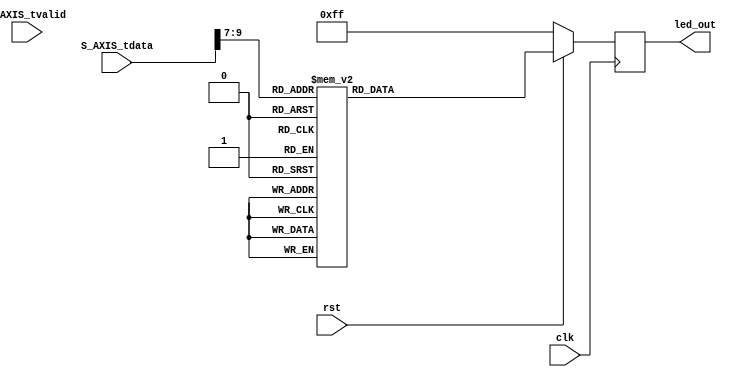
module signal_decoder #
(
    parameter ADC_WIDTH = 14,
    parameter AXIS_TDATA_WIDTH = 32,
    parameter BIT_OFFSET = 4 // 4 for +/-20 V or 0 for +/-1 V ADC voltage range setting
)
(
    (* X_INTERFACE_PARAMETER = "FREQ_HZ 125000000" *)
    input [AXIS_TDATA_WIDTH-1:0]    S_AXIS_tdata,
    input                           S_AXIS_tvalid,
    input                           clk,
    input                           rst,
	output reg [7:0]                led_out
);
    wire [2:0] value;
    assign value = S_AXIS_tdata[ADC_WIDTH-BIT_OFFSET-1:ADC_WIDTH-BIT_OFFSET-3];
    always @(posedge clk)
       if (~rst)
          led_out <= 8'hFF;
       else
          case (value)
             3'b011  : led_out <= 8'b00000001;
             3'b010  : led_out <= 8'b00000010;
             3'b001  : led_out <= 8'b00000100;
             3'b000  : led_out <= 8'b00001000;
             3'b111  : led_out <= 8'b00010000;
             3'b110  : led_out <= 8'b00100000;
             3'b101  : led_out <= 8'b01000000;
             3'b100  : led_out <= 8'b10000000;
             default : led_out <= 8'b00000000;
          endcase
endmodule